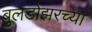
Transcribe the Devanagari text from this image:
बुलडोझरच्या